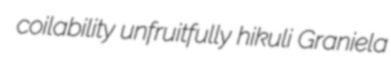
coilability unfruitfully hikuli Graniela